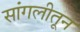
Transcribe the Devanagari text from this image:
सांगलीतून